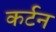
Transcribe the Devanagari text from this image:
कर्टन